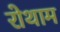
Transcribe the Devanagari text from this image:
रोथाम